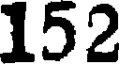
152